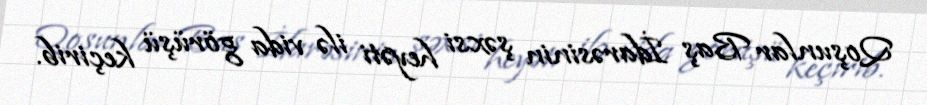
Qoşunlar Baş İdarəsinin şəxsi heyəti ilə vida görüşü keçirib.